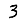
Digit: 3